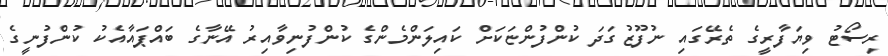
ރިސޯޓު ވިޔަފާރީގެ ތެރޭގައި ނުފޫޒުގަދަ ކުންފުންޏަކަށް ކައިލަންމެންގެ ކުންފުނިވާއިރު އޭނާގެ ބައްޕައާއެކު ކުންފުނީގެ